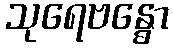
သုရေဗန္ဓော